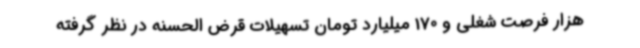
هزار فرصت شغلی و 170 میلیارد تومان تسهیلات قرض الحسنه در نظر گرفته